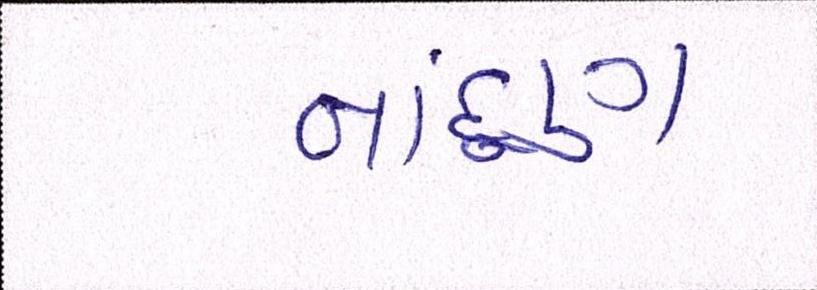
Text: નાંદૂણ